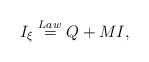
\begin{align*}I_\xi\stackrel{Law}{=}Q+M I,\end{align*}